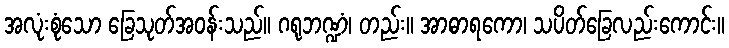
အလုံးစုံသော ခြေသုတ်အဝန်းသည်။ ဂရုဘဏ္ဍံ၊ တည်း။ အာဓာရကော၊ သပိတ်ခြေလည်းကောင်း။